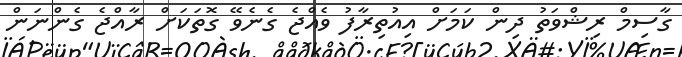
ގާސިމް ރިޝްވަތު ދިން ކަމަށް އިއުތިރާފު ވެއްޖެ ގެނެވޭ ގޮތަކަށް ރާއްޖެ ގެންނަން